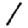
Digit: 1